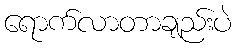
ရောက်လာတာချည်းပဲ